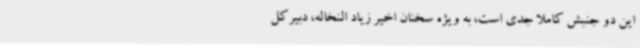
این دو جنبش کاملا جدی است، به ویژه سخنان اخیر زیاد النخاله، دبیرکل